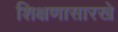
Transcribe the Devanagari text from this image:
शिक्षणासारखे